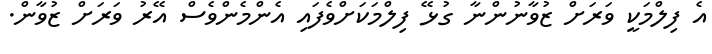
އެ ފިލްމަކީ ވަރަށް ޒުވާނުންނާ ގުޅޭ ފިލްމަކަށްވެފައި އެންމެންވެސް އޭރު ވަރަށް ޒުވާން.